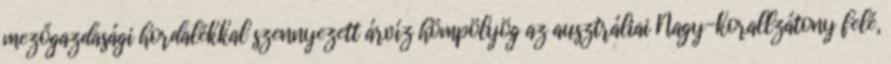
mezőgazdasági hordalékkal szennyezett árvíz hömpölyög az ausztráliai Nagy-korallzátony felé,